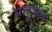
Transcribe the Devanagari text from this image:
धातुंवरच